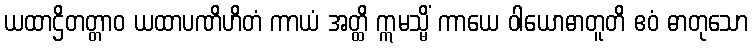
ယထာဌိတတ္တာဝ ယထာပဏိဟိတံ ကာယံ အတ္ထိ ဣမသ္မိံ ကာယေ ဝါယောဓာတူတိ ဧဝံ ဓာတုသော